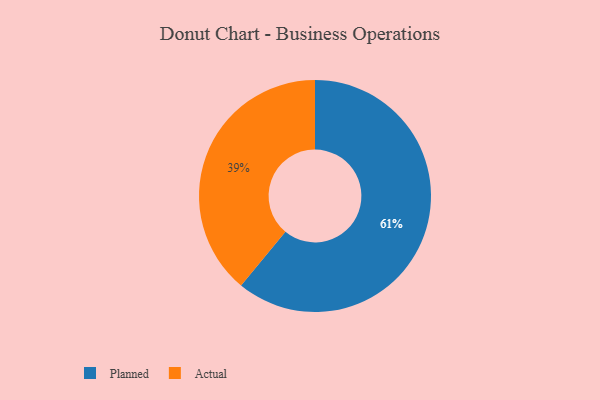
{"axis": {"x": "Category", "y": "Percentage"}, "legend": ["Actual", "Planned"], "data": [{"x": "Planned", "y": 61, "type": "Planned"}, {"x": "Actual", "y": 39, "type": "Actual"}]}